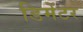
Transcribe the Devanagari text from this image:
डिमेंटर